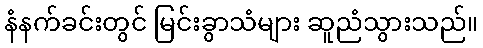
နံနက်ခင်းတွင် မြင်းခွာသံများ ဆူညံသွားသည်။